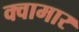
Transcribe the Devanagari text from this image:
क्वामार